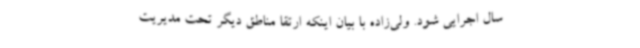
سال اجرایی شود. ولی‌زاده با بیان اینکه ارتقا مناطق دیگر تحت مدیریت